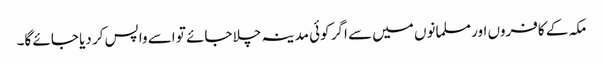
مکہ کے کافروں اور مسلمانوں میں سے اگر کوئی مدینہ چلا جائے تو اسے واپس کر دیا جائے گا۔